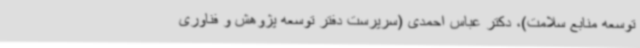
توسعه منابع سلامت)، دکتر عباس احمدی (سرپرست دفتر توسعه پژوهش و فناوری